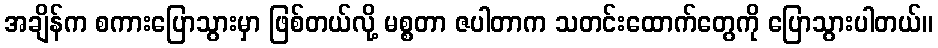
အချိန်က စကားပြောသွားမှာ ဖြစ်တယ်လို့ မစ္စတာ ဇပါတာက သတင်းထောက်တွေကို ပြောသွားပါတယ်။